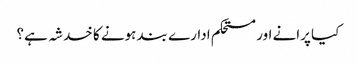
کیا پرانے اور مستحکم ادارے بند ہونے کا خدشہ ہے؟